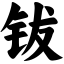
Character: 钹